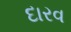
દારવ